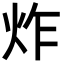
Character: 炸